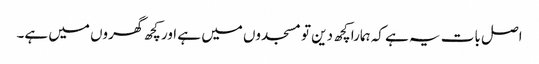
اصل بات یہ ہے کہ ہمارا کچھ دین تو مسجدوں میں ہے اور کچھ گھروں میں ہے۔